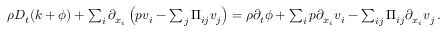
\begin{array} { r } { \rho D _ { t } ( k + \phi ) + \sum _ { i } \partial _ { x _ { i } } \left( p v _ { i } - \sum _ { j } \Pi _ { i j } v _ { j } \right) = \rho \partial _ { t } \phi + \sum _ { i } p \partial _ { x _ { i } } v _ { i } - \sum _ { i j } \Pi _ { i j } \partial _ { x _ { i } } v _ { j } \, . } \end{array}